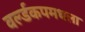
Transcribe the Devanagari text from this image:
वर्ल्डकपमधला